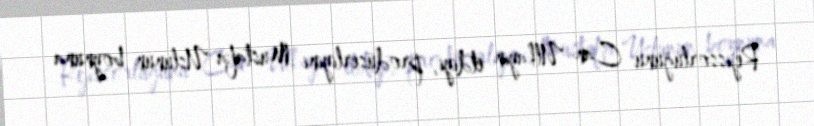
Rejissorluğunu Can Ulkayın etdiyi, prodüserliyini Mustafa Uslunun boynuna